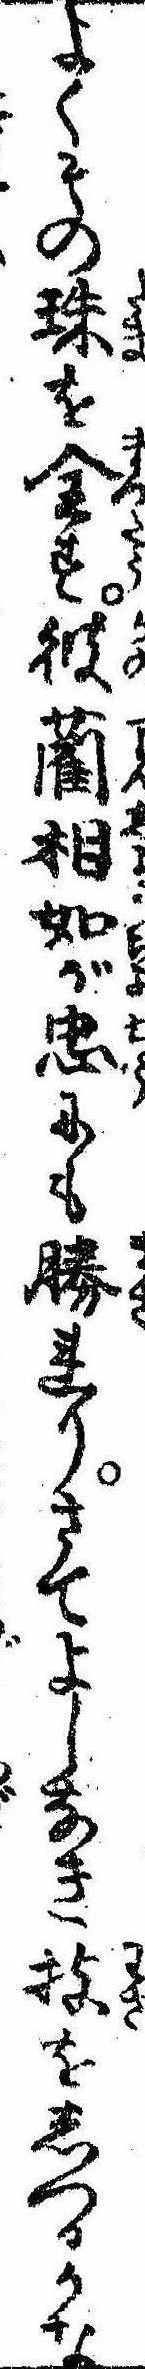
よくその珠を全す彼藺相如が忠にも勝れりさてよしなき技をしつるかな